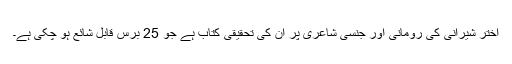
اختر شیرانی کی رومانی اور جنسی شاعری پر ان کی تحقیقی کتاب ہے جو 25 برس قابل شائع ہو چکی ہے۔